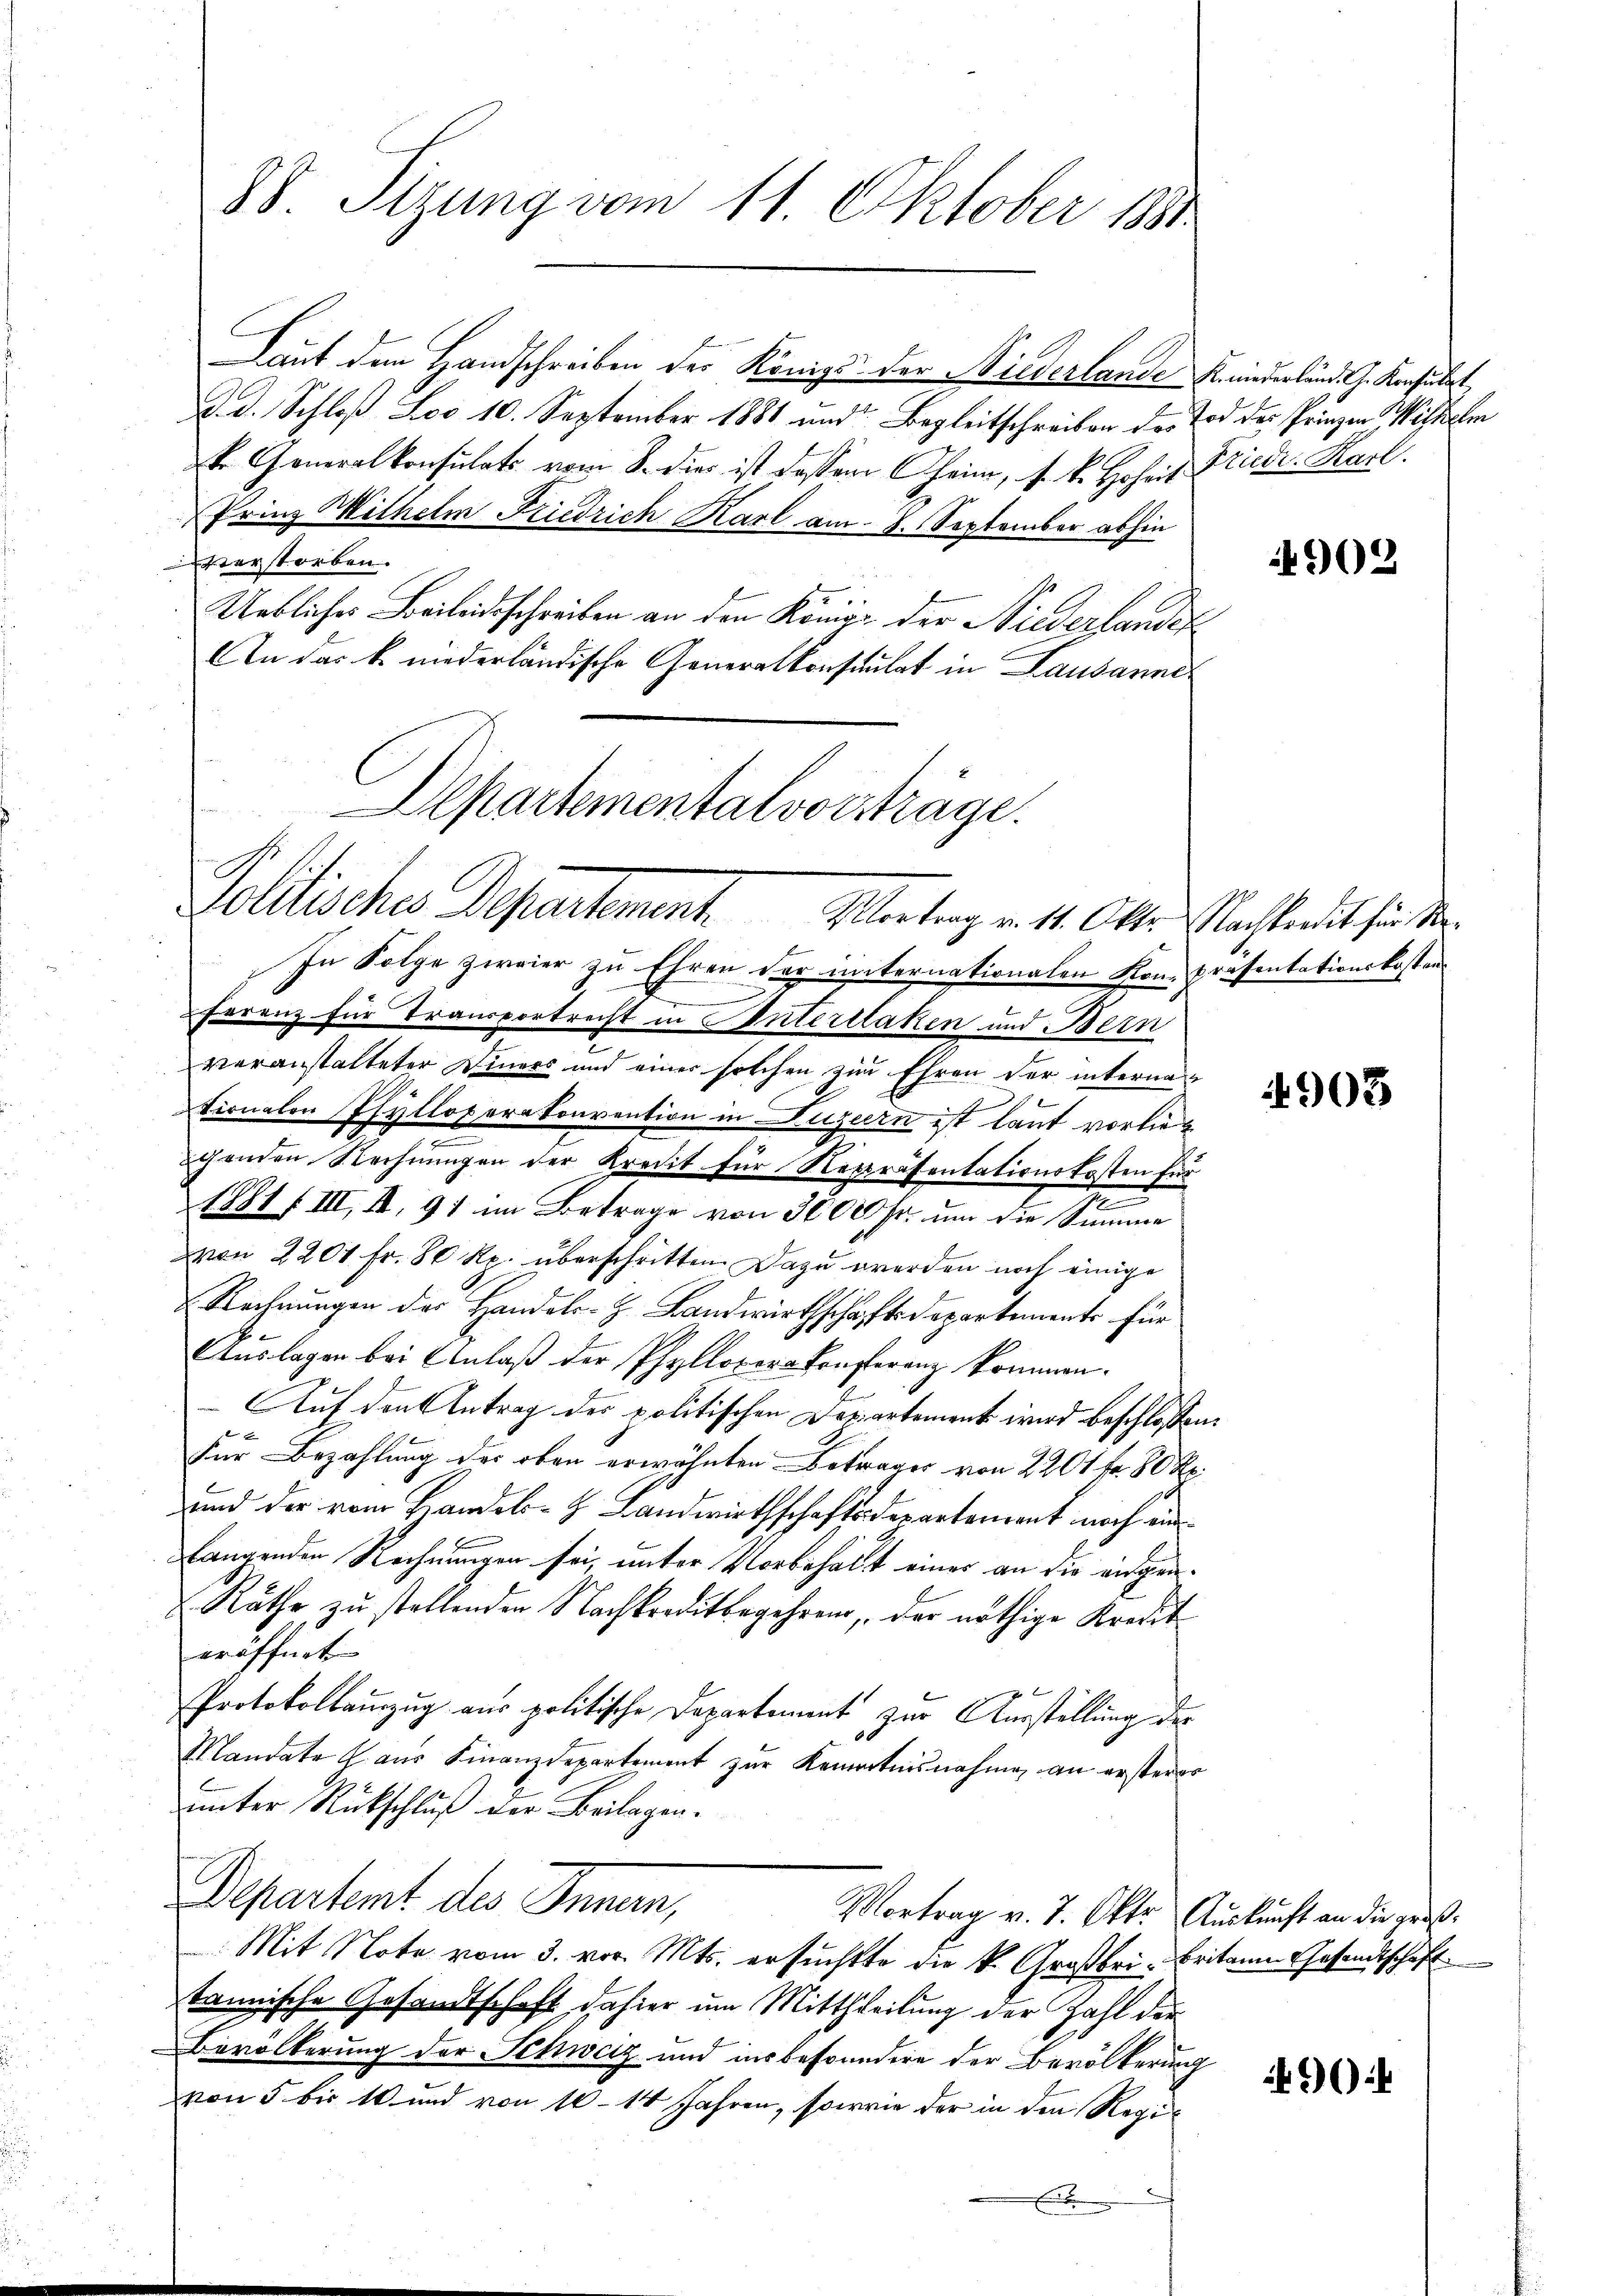
88. Sitzung vom 11. Oktober 1881

Laut den Handschreiben der Königs der Niederlande Kinderbund J. Konsulat
d. d. Schloß Leo 10. September 1881 und Begleitschreiben des Tod der Prinzen Wilhelm
t. Generalkonsulats vom 8. dies ist dessen Oheim, s. k. Hoheit Friedr. Karl.
Prinz Wilhelm Friedrich Karl am 8. September abhin
verstorben.
Ueblicher Beileidsschreiben an den Königl. der Niederlander
An das k. niederländische Generalkonsulat in Lausanne
Departementalvorträge.

Politisches Departement. Vortrag v. 14. Okte. Nachterdit für die

In Folge zweier zu Ehren der unternationalen Kon-Präsentationskostens
Feranz für Transportrecht in Interlaken und Bern
voranstalteter Diners und einer solchen zur Ehren der interna
tionalen Phyllopernkonvention in Luzern ist laut vorlieg
ichenden Rechnungen der Kredit für Repräsentationskosten für
t
1881/III, II, 91 im Betrage von 3000 Fr. um die Summe
von 2201 fr. 80 Rp. überschritten. Dazu werden noch einige
Rechnungen der Handels-H. Landwirthschäftsdepartemente für
Auslagen bei Anlaß der Phylloper-Konferenz kommen.
- Auf den Antrag der politischen Departement wird beschlossen:
Für Bezahlung des oben erwähnten Betrager von 2201 fr. 80 R
und der vom Handels- Landwirthschafts derartement noch ein¬
Langenden Rechnungen sei, unter Vorbehalt einer an die ausge¬
Räthe zu stellenden Nachkreditbegehrens, der nöthige Kredit
eröffnet
Protokollauszug aus politische Departement zur Ausstellung der
Mandate aus Finanzdepartement zur Kenntnisnahme an ersterer
unter Rückschluß der Beilagen.
Departent des Innen,
Vortrag v. 7. Okt. Auskunft an die groß¬
Mit Note vom 3. vor. Mts. ersuchtte die k. Großbri- Britann Gesandtschaft
tannische Gesandtschaft dahier um Mittheilung der Zahl der
Bevölkerung der Schweiz und insbesondere der Bevölkerung
von 5 bis 10 und von 10 - 14 Jahren, sowie der in den Regi¬
.

4902

4903

64